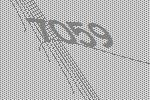
7059